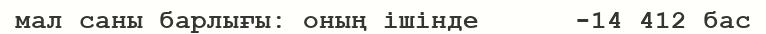
мал саны барлығы: оның ішінде      -14 412 бас